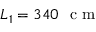
L _ { 1 } = 3 4 0 ~ \textrm { c m }